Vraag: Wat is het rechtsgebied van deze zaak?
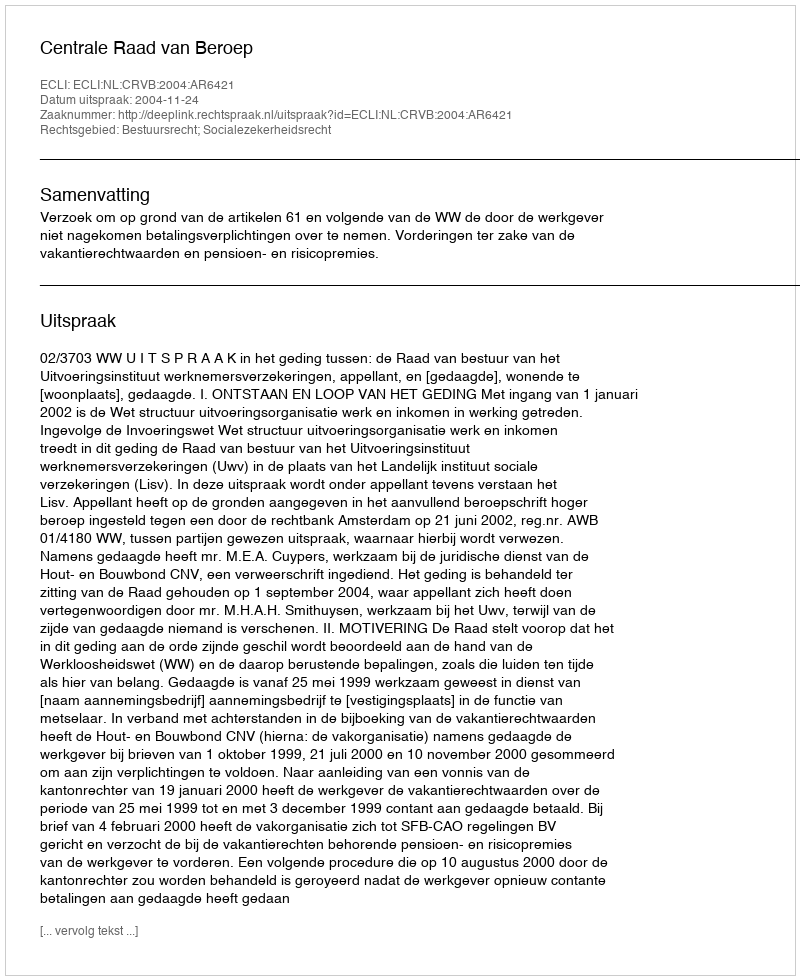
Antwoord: Bestuursrecht; Socialezekerheidsrecht